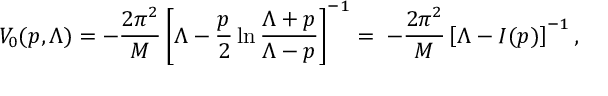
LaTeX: V _ { 0 } ( p , \Lambda ) = - { \frac { 2 \pi ^ { 2 } } { M } } \left[ \Lambda - { \frac { p } { 2 } } \ln { \frac { \Lambda + p } { \Lambda - p } } \right] ^ { - 1 } = \; - { \frac { 2 \pi ^ { 2 } } { M } } \left[ \Lambda - I ( p ) \right] ^ { - 1 } ,